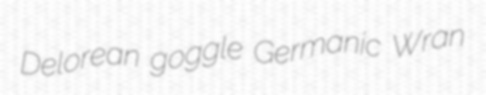
Delorean goggle Germanic Wran